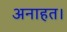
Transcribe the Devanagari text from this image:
अनाहत।